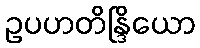
ဥပဟတိန္ဒြိယော